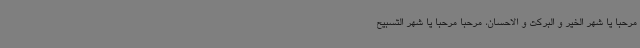
مرحبا یا شهر الخیر و البرکت و الاحسان، مرحبا مرحبا یا شهر التسبیح